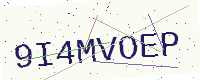
Text: 9I4MVOEP